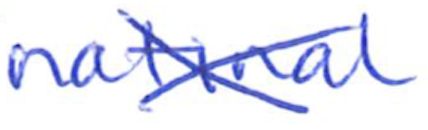
Text: national
Cross-out: cross
Writing tool: ballpoint